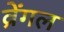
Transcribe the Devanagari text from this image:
व्रेंगल